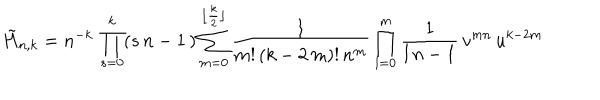
\tilde { H } _ { n , k } = n ^ { - k } \, \prod _ { s = 0 } ^ { k } ( s \, n - 1 \, ) \sum _ { m = 0 } ^ { \lfloor \frac { k } { 2 } \rfloor } \frac { 1 } { m ! \, ( k - 2 \, m ) ! \, n ^ { m } } \prod _ { l = 0 } ^ { m } { \frac { 1 } { l \, n - 1 } } \, v ^ { m n } \, u ^ { k - 2 m }